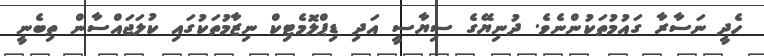
ހެދީ ނަސާރާ ގައުމުތަކުންނެވެ. ދުނިޔޭގެ ސިޔާސީ އަދި ޑިޕްލޮމެޓިކް ނިޒާމުތަކުގައި ކުލަޖައްސާން ތިބެނީ